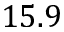
1 5 . 9